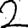
Digit: 2